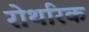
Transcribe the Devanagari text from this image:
रोथरिक